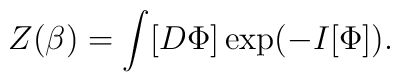
Z(\beta)=\int [D\Phi] \exp (-I [\Phi ]) .